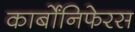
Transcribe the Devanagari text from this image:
कार्बोंनिफेरस